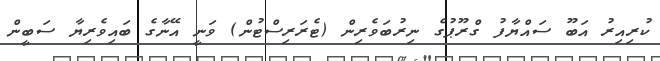
ކުރިއިރު އަބޫ ސައްޔާފު ގްރޫޕުގެ ނިރުބަވެރިން (ޓެރަރިސްޓުން) ވަނީ އޭނާގެ ބައިވެރިޔާ ސަބީން